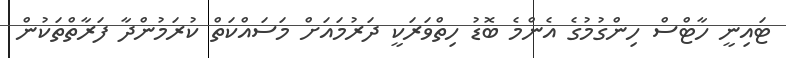
ޓައިނީ ހާޓްސް ހިންގުމުގެ އެންމެ ބޮޑު ހިތްވަރަކީ ދަރުމައަށް މަސައްކަތް ކުރަމުންދާ ފަރާތްތަކުން